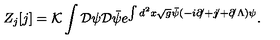
Z _ { j } [ j ] = { \cal K } \int { \cal D } \psi { \cal D } \bar { \psi } e ^ { \int d ^ { 2 } x \sqrt { g } \bar { \psi } ( - i { \partial \! \! / } + { j \! \! / } + { \partial \! \! / \Lambda } ) \psi } .